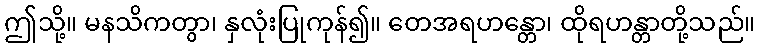
ဤသို့။ မနသိကတွာ၊ နှလုံးပြုကုန်၍။ တေအရဟန္တော၊ ထိုရဟန္တာတို့သည်။